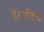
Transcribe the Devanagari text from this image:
इंटर्सटेट